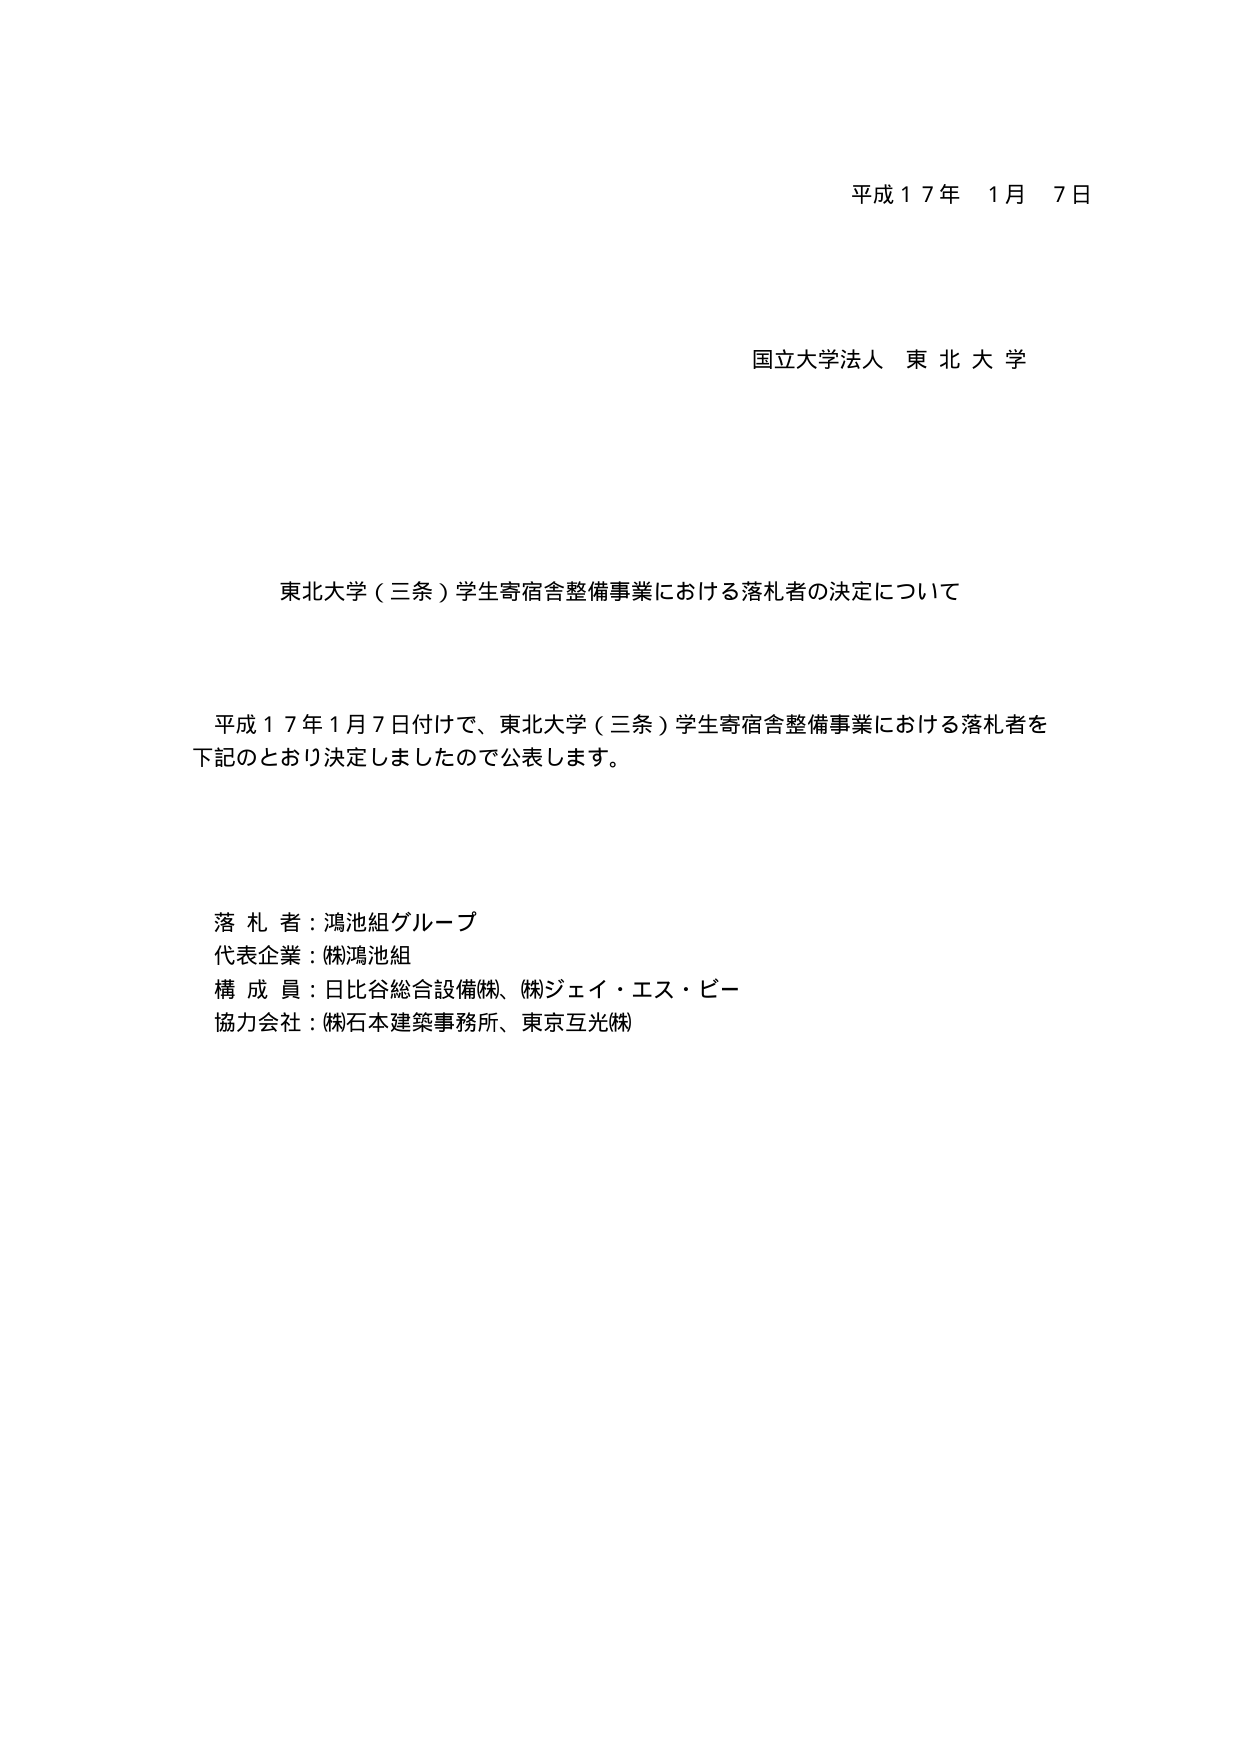
平成１７年　１月　７日

国立大学法人　東北大学

東北大学（三条）学生寄宿舎整備事業における落札者の決定について

平成１７年１月７日付けで、東北大学（三条）学生寄宿舎整備事業における落札者を下記のとおり決定しましたので公表します。

落札者：鴻池組グループ
代表企業：(株)鴻池組
構成員：日比谷総合設備(株)、(株)ジェイ・エス・ピー
協力会社：(株)石本建築事務所、東京互光(株)